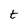
Character: t